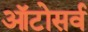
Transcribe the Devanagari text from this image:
ऑटोसर्व